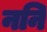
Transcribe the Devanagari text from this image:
ननि